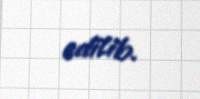
edilib.